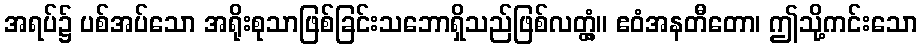
အရပ်၌ ပစ်အပ်သော အရိုးစုသာဖြစ်ခြင်းသဘောရှိသည်ဖြစ်လတ္တံ့။ ဧဝံအနတီတော၊ ဤသို့ကင်းသော